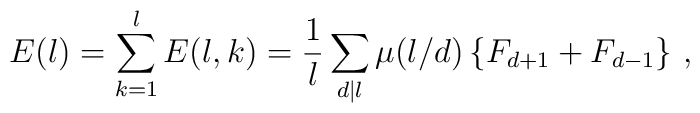
E(l)=\sum_{k=1}^l E(l,k)=\frac{1}{l}\sum_{d|l}\mu(l/d)\left\{F_{d+1}+F_{d-1}\right\}\,,